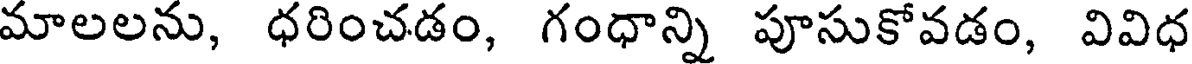
మాలలను, ధరించడం, గంధాన్ని పూసుకోవడం, వివిధ